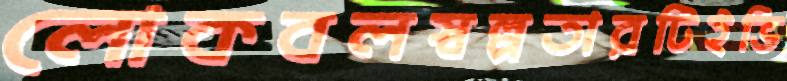
লোকবলস্বল্পতারটিইভি